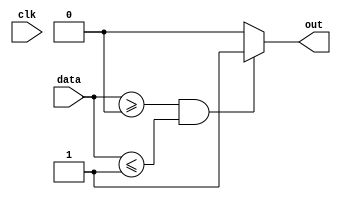
module V_Sync (
    input wire clk,
    input wire [9:0] data,
    output reg out
);

// Define parameter for the range
parameter LOWER_LIMIT = 10'd0;
parameter UPPER_LIMIT = 10'd1;

// Register range detection logic
always @(clk) begin
    if (data >= LOWER_LIMIT && data <= UPPER_LIMIT)
        out <= 1'b1;
    else
        out <= 1'b0;
end

endmodule